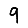
Digit: 9